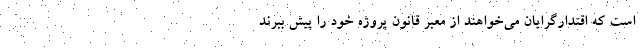
است که اقتدارگرایان می‌خواهند از معبر قانون پروژه خود را پیش ببرند